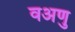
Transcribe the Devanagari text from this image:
वअणु